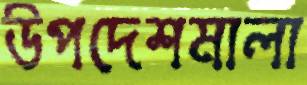
উপদেশমালা